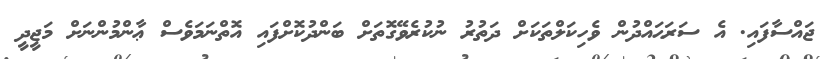
ޖައްސާފައި. އެ ސަރަޙައްދުން ވެހިކަލްތަކަށް ދަތުރު ނުކުރެވޭގޮތަށް ބަންދުކޮށްފައި އޮތްނަމަވެސް ޢާންމުންނަށް މަޖީދީ